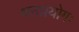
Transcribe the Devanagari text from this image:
धनप्रयोगः